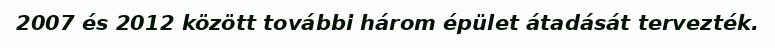
2007 és 2012 között további három épület átadását tervezték.